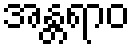
အန္တရာဝ